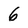
Character: 6